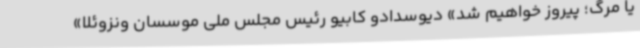
یا مرگ؛ پیروز خواهیم شد» دیوسدادو کابیو رئیس مجلس ملی موسسان ونزوئلا»